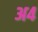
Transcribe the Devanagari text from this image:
अ४